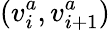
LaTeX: (v_{i}^{a},v_{i+1}^{a})